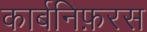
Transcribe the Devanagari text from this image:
कार्बनिफ़रस